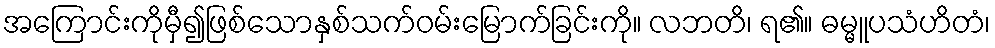
အကြောင်းကိုမှီ၍ဖြစ်သောနှစ်သက်ဝမ်းမြောက်ခြင်းကို။ လဘတိ၊ ရ၏။ ဓမ္မူပသံဟိတံ၊